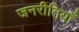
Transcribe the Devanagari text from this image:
जनरीतियाँ